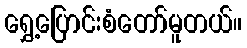
ရွှေ့ပြောင်းစံတော်မူတယ်။